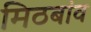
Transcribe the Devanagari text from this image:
मिठबांव